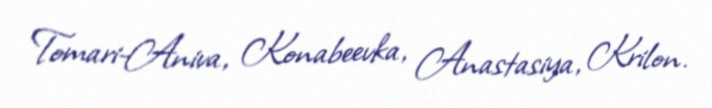
Tomari-Aniva, Konabeevka, Anastasiya, Krilon.